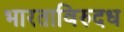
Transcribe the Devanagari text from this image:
भारताविरुदध